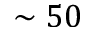
\sim 5 0